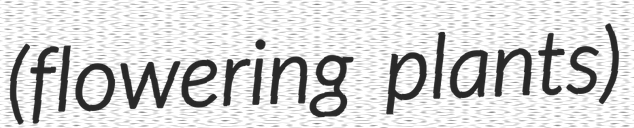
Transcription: (flowering plants)